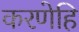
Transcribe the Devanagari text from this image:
करणेहि